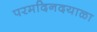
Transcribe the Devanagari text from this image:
परमदिनदयाळा